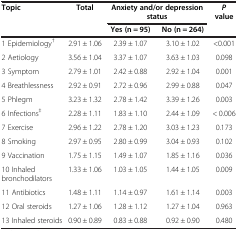
| <ROWSPAN=2> Topic | <ROWSPAN=2> Total | <COLSPAN=2> Anxiety and/or depression status | <ROWSPAN=2> P value |
 | Yes (n = 95) | No (n = 264) |
 | --- | --- | --- | --- | --- |
 | 1 Epidemiology† | 2.91 ± 1.06 | 2.39 ± 1.07 | 3.10 ± 1.02 | <0.001 |
 | 2 Aetiology | 3.56 ± 1.04 | 3.37 ± 1.07 | 3.63 ± 1.03 | 0.098 |
 | 3 Symptom | 2.79 ± 1.01 | 2.42 ± 0.88 | 2.92 ± 1.04 | 0.001 |
 | 4 Breathlessness | 2.92 ± 0.91 | 2.72 ± 0.96 | 2.99 ± 0.88 | 0.047 |
 | 5 Phlegm | 3.23 ± 1.32 | 2.78 ± 1.42 | 3.39 ± 1.26 | 0.003 |
 | 6 Infections‡ | 2.28 ± 1.11 | 1.83 ± 1.10 | 2.44 ± 1.09 | < 0.006 |
 | 7 Exercise | 2.96 ± 1.22 | 2.78 ± 1.20 | 3.03 ± 1.23 | 0.173 |
 | 8 Smoking | 2.97 ± 0.95 | 2.80 ± 0.99 | 3.04 ± 0.93 | 0.102 |
 | 9 Vaccination | 1.75 ± 1.15 | 1.49 ± 1.07 | 1.85 ± 1.16 | 0.036 |
 | 10 Inhaled bronchodilators | 1.33 ± 1.06 | 1.03 ± 1.05 | 1.44 ± 1.05 | 0.009 |
 | 11 Antibiotics | 1.48 ± 1.11 | 1.14 ± 0.97 | 1.61 ± 1.14 | 0.003 |
 | 12 Oral steroids | 1.27 ± 1.06 | 1.28 ± 1.12 | 1.27 ± 1.04 | 0.963 |
 | 13 Inhaled steroids | 0.90 ± 0.89 | 0.83 ± 0.88 | 0.92 ± 0.90 | 0.480 |